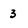
Character: 3